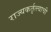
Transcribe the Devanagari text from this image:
राज्यकर्तृत्त्वाची